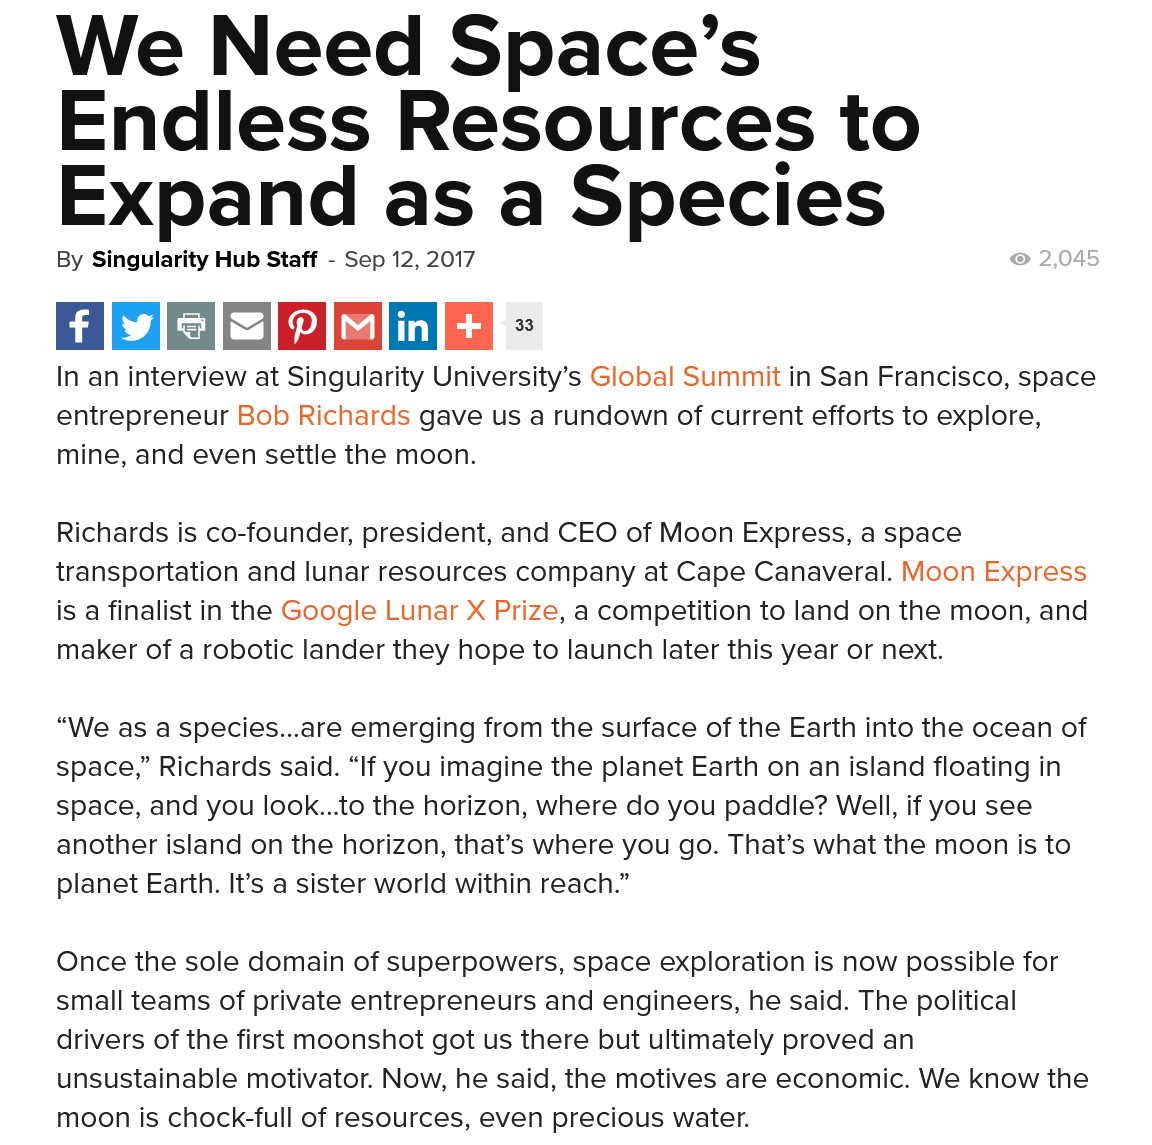
By Singularity Hub Staff
     -
     Sep 12, 2017
    Ff  iviel|s
    We    Need    Space’s
     Endless    Resources    to
     Expand    as    a    Species
    In an interview at Singularity University’s Global Summit in San Francisco, space
    entrepreneur Bob Richards gave us a rundown of current efforts to explore,
    mine, and even settle the moon.
    Richards is co-founder, president, and CEO of Moon Express, a space
    transportation and lunar resources company at Cape Canaveral. Moon Express
    is a finalist in the Google Lunar X Prize, a competition to land on the moon, and
    maker of a robotic lander they hope to launch later this year or next.
    “We  as a species...are emerging from the surface of the Earth into the ocean of
    space,” Richards said. “If you imagine the planet Earth on an island floating in
    space, and you look...to the horizon, where do you paddle? Well, if you see
    another island on the horizon, that’s where you go. That’s what the moon is to
    planet Earth. It’s a sister world within reach.”
    Once the sole domain of superpowers, space exploration is now possible for
    small teams of private entrepreneurs and engineers, he said. The political
    drivers of the first moonshot got us there but ultimately proved an
    unsustainable motivator. Now, he said, the motives are economic. We know the
    moon is chock-full of resources, even precious water.